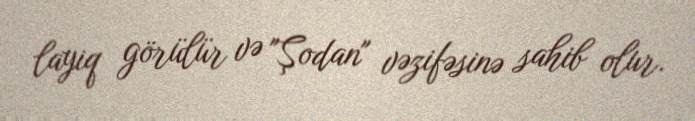
layiq görülür və "Şodan" vəzifəsinə sahib olur.